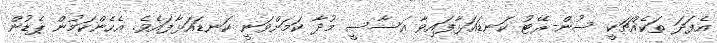
އެފަދަ ތަކެއްޗަކީ ސުން-ރޭޓު ކަނޑައަޅާފައިވާ އަސާސީ މުދާ ކަމަށްވަނީ ކަނޑައަޅާފައެވެ. އެހެންކަމުން ޕެޑުން